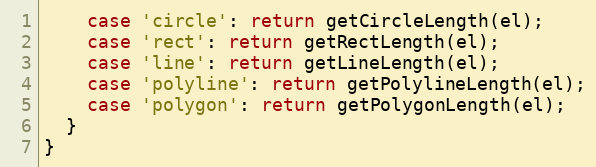
Language: JavaScript
    case 'circle': return getCircleLength(el);
    case 'rect': return getRectLength(el);
    case 'line': return getLineLength(el);
    case 'polyline': return getPolylineLength(el);
    case 'polygon': return getPolygonLength(el);
  }
}